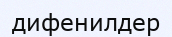
дифенилдер